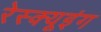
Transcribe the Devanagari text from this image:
रेस्‍क्‍यूइंग